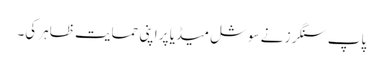
پاپ سنگرز نے سوشل میڈیا پر اپنی حمایت ظاہر کی۔